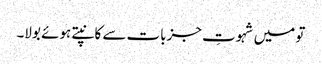
تو میں شہوتِ جزبات سے کانپتے ہوئے بولا۔